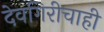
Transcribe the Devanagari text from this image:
देवगिरीचाही